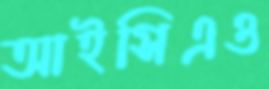
আইসিএও